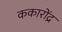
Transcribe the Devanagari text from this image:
ककारोंद्र